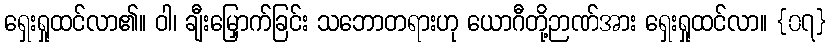
ရှေးရှုထင်လာ၏။ ဝါ၊ ချီးမြှောက်ခြင်း သဘောတရားဟု ယောဂီတို့ဉာဏ်အား ရှေးရှုထင်လာ။ {၀၇}